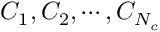
C _ { 1 } , C _ { 2 } , \cdots , C _ { N _ { c } }